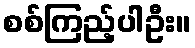
စစ်ကြည့်ပါဦး။